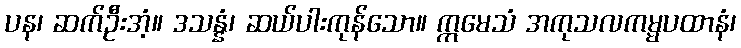
ပန၊ ဆက်ဦးအံ့။ ဒသန္နံ၊ ဆယ်ပါးကုန်သော။ ဣမေသံ အကုသလကမ္မပထာနံ၊